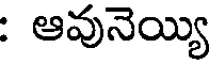
: ఆవునెయ్యి